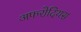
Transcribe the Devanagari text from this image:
अफरोदियस